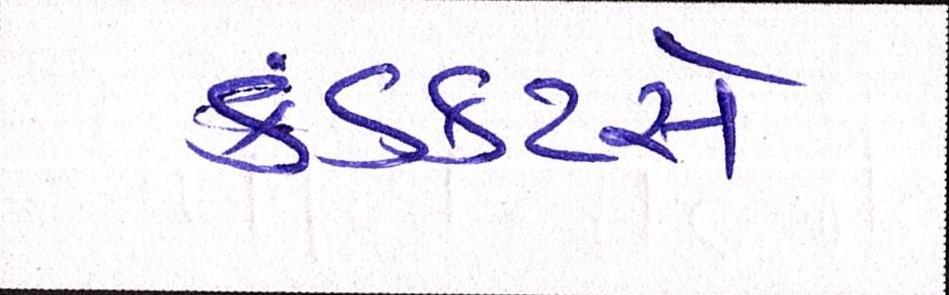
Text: કંડકટરો